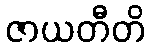
ဇာယတီတိ